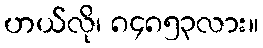
ဟယ်လို၊ ၈၄၈၅၃လား။